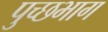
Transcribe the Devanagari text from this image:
पुच्छभाग